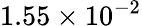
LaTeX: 1.55\times 10^{-2}